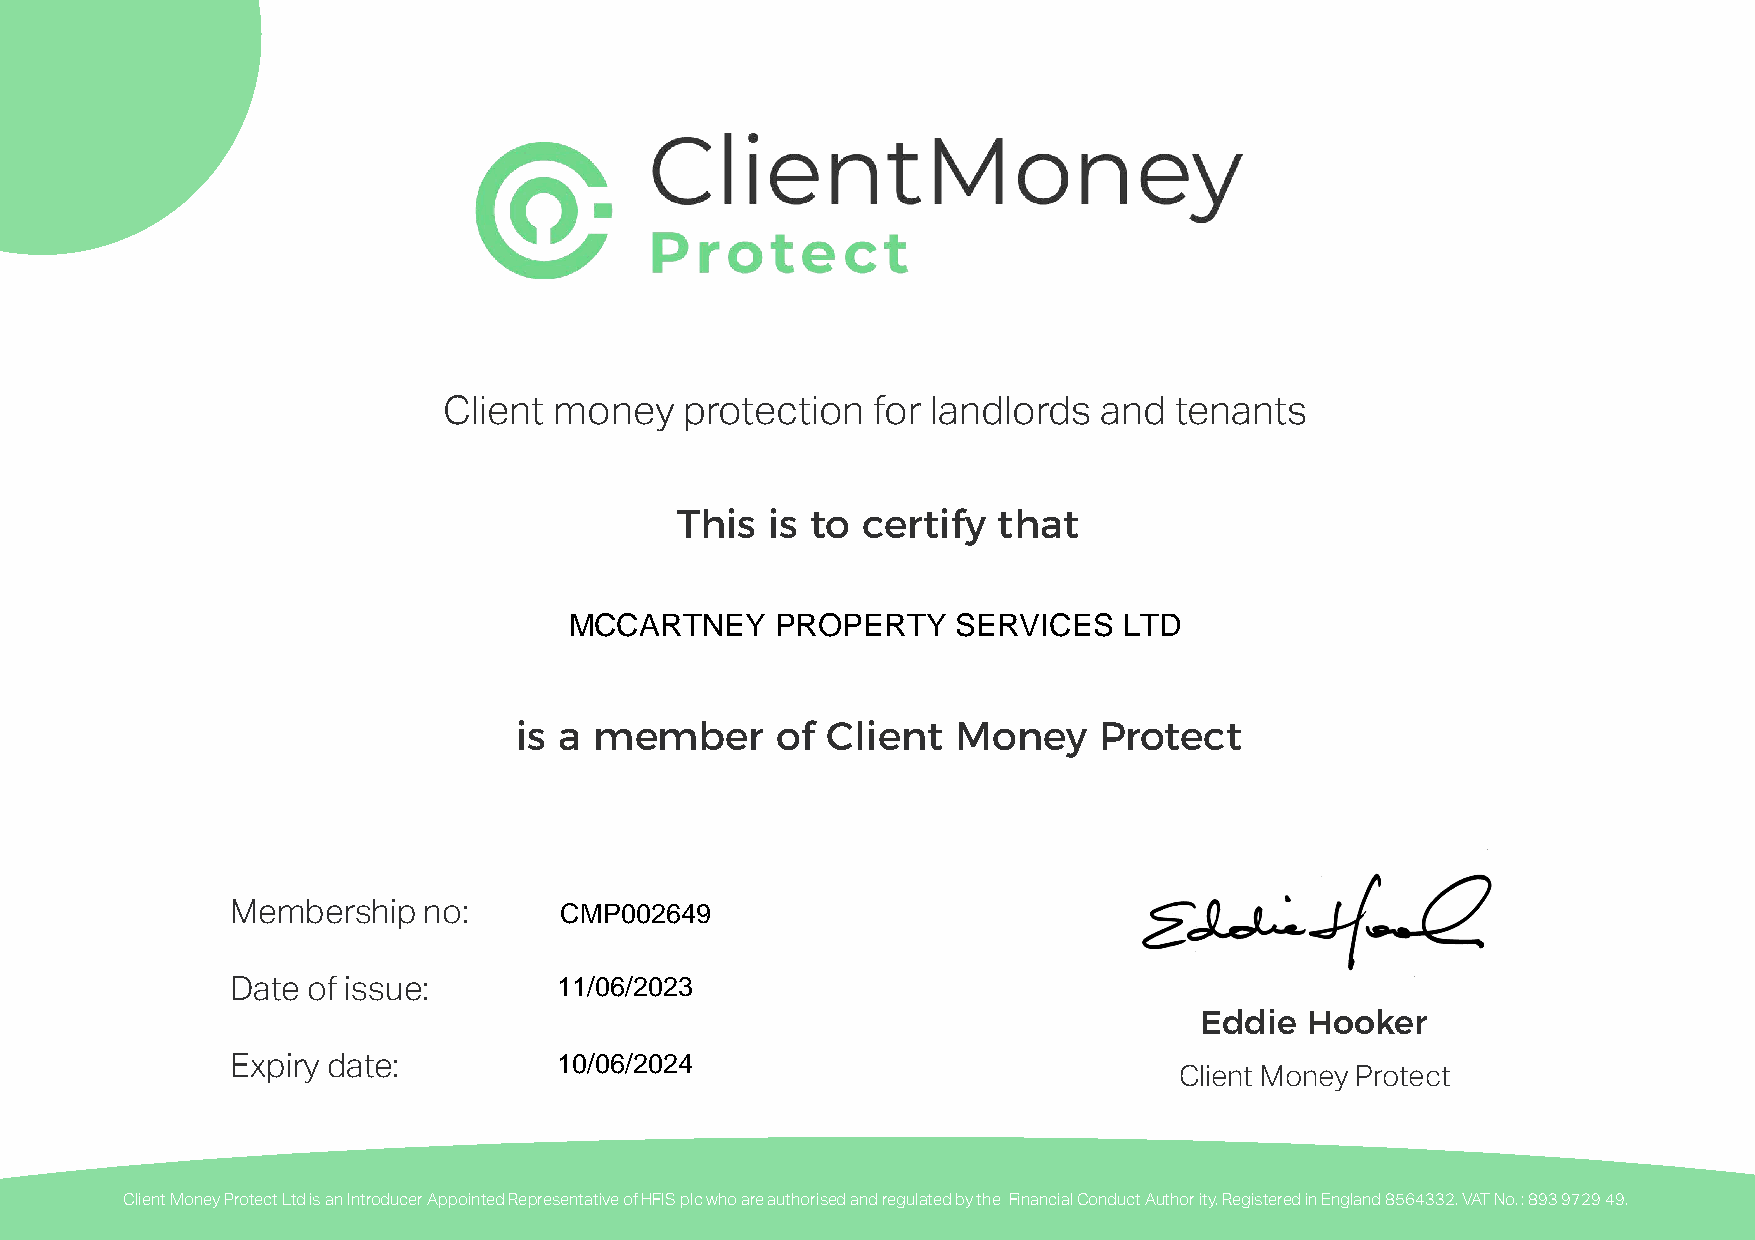
Client  money   protection   for landlords  and  tenants
 This  is to certify  that
 MCCARTNEY    PROPERTY    SERVICES   LTD
 is a member      of  Client  Money     Protect
 CMP002649
 Membership   no:
 11/06/2023
 Date of issue:
 Eddie  Hooker
 10/06/2024
 Expiry date:
 Client Money Protect
 Client Money Protect Ltd is an Introducer Appointed Representative of HFIS plc who are authorised and regulated by the Financial Conduct Author ity. Registered in England 8564332. VAT No. : 893 9729 49.